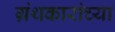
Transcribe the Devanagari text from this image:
ग्रंथकारांच्या